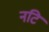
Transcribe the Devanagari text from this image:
नटि